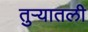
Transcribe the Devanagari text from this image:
तुऱ्यातली